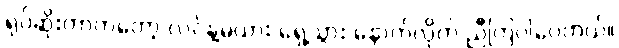
ရုပ်ဆိုးတာကတော့ လင်နဲ့မယား ရှေ့သွား နောက်လိုက် ညီကြပါပေတယ်။